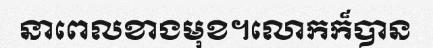
នាពេលខាងមុខ។លោកក៏បាន